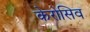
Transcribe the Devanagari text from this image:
केरोसिव